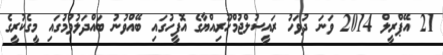
21 އޭޕްރީލް 2014 ވަނަ ދުވަހު ރައީސުލްޖުމްހޫރިއްޔާގެ އޮފީހުގައި ބޭއްވުނު ބައްދަލުވުމުގައި މީގެކުރީގެ